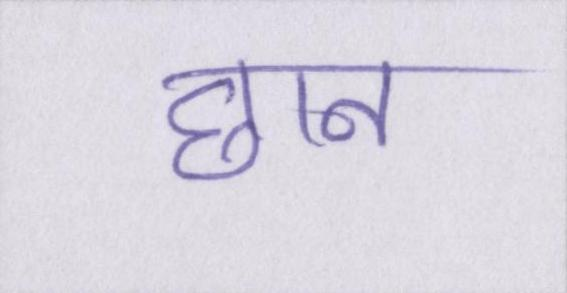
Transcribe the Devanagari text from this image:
छान